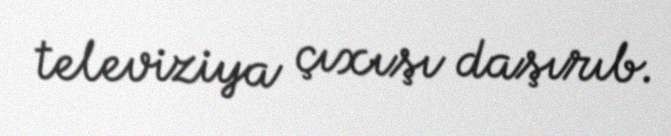
televiziya çıxışı daşırıb.